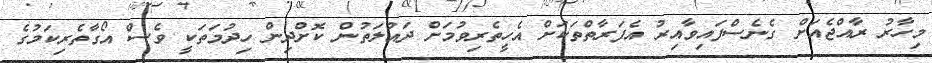
މިހާރު ރާއްޖެއަށް ގެނެސްފައިވާއިރު އެފަރާތްތަކަށް އެހީތެރިވުމަށް ދައުލަތުން ކޮށްދިން ހިދުމަތަކީ ވެސް އޯގާތެރިކަމުގެ